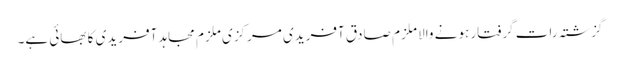
گزشتہ رات گرفتار ہونے والا ملزم صادق آفریدی مرکزی ملزم مجاہد آفریدی کا بھائی ہے۔